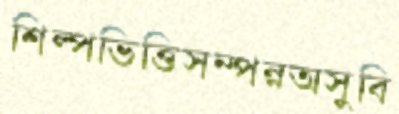
শিল্পভিত্তিসম্পন্নঅসুবি